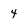
Character: 4